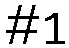
#1